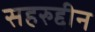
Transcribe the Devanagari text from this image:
सहरुद्दीन